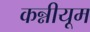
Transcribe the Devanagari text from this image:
कन्नीयूम